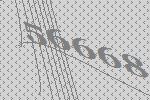
56668